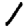
Digit: 1